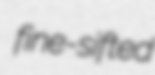
fine-sifted